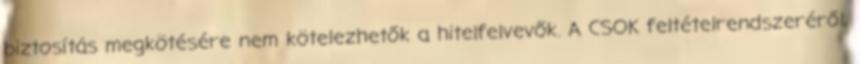
biztosítás megkötésére nem kötelezhetők a hitelfelvevők. A CSOK feltételrendszeréről,